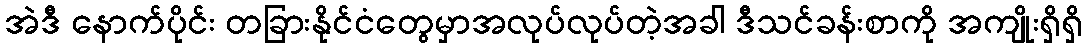
အဲဒီ နောက်ပိုင်း တခြားနိုင်ငံတွေမှာအလုပ်လုပ်တဲ့အခါ ဒီသင်ခန်းစာကို အကျိုးရှိရှိ